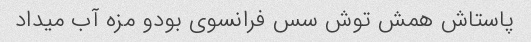
پاستاش همش توش سس فرانسوی بودو مزه آب میداد